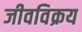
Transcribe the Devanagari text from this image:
जीवविक्रय